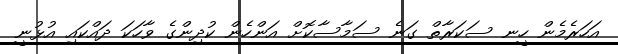
އަހަރެމެން ހީނ ސަކަރާތް ގަނެ ސަމާސާކޮށް އަންހެން ކުދިންގެ ވާހަކަ ދައްކައި އުޅުނީ